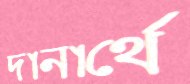
দানার্থে